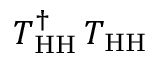
T _ { \mathrm { H H } } ^ { \dagger } \, T _ { \mathrm { H H } }